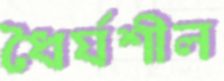
ধৈর্যশীল